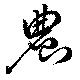
農